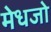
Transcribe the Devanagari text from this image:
मेधजो